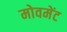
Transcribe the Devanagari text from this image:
मोवमेंट